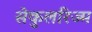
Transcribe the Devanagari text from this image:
सेकुलरिज्म